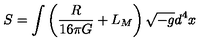
S = \int \left( \frac { R } { 1 6 \pi G } + L _ { M } \right) \sqrt { - g } d ^ { 4 } x \